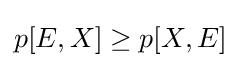
p[E,X]\geq p[X,E]